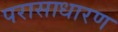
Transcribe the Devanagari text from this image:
परासाधारण